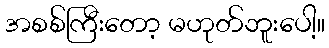
အစစ်ကြီးတော့ မဟုတ်ဘူးပေါ့။